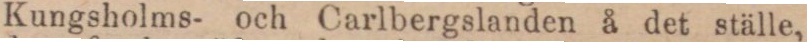
Kungsholms- och Carlbergslanden å det ställe,